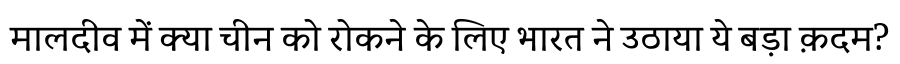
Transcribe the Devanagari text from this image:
मालदीव में क्या चीन को रोकने के लिए भारत ने उठाया ये बड़ा क़दम?